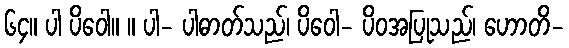
၆၄။ ပါ ပိဝေါ။ ။ ပါ- ပါဓာတ်သည်၊ ပိဝေါ- ပိဝအပြုသည်၊ ဟောတိ-